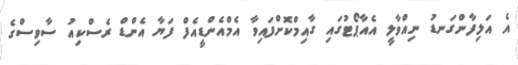
އެ އަލިފާންގަނޑު ނިއްވާލީ އެއާޕޯޓުގައި ގާއިމްކޮށްފައިވާ އެމްއެންޑީއެފް ފަޔާ އެންޑް ރެސްކިއު ސާވިސްގެ